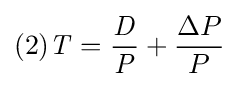
(2){\mathit {T}}={\frac {\mathit {D}}{\mathit {P}}}+{\frac {\Delta P}{P}}